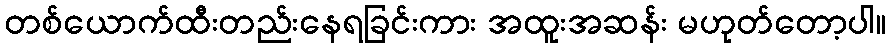
တစ်ယောက်ထီးတည်းနေရခြင်းကား အထူးအဆန်း မဟုတ်တော့ပါ။